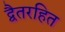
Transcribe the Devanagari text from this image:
द्वैतरहित